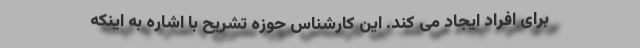
برای افراد ایجاد می کند. این کارشناس حوزه تشریح با اشاره به اینکه